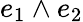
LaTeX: e_{1}\wedge e_{2}